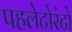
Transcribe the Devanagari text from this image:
पहलेटोरंटो